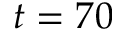
t = 7 0